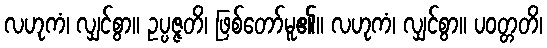
လဟုကံ၊ လျှင်စွာ။ ဥပ္ပဇ္ဇတိ၊ ဖြစ်တော်မူ၏။ လဟုကံ၊ လျှင်စွာ။ ပဝတ္တတိ၊